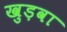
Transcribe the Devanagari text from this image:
खुड़वा